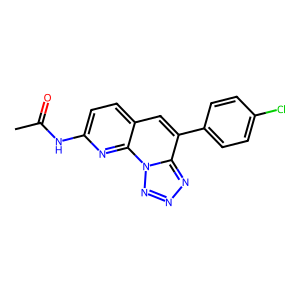
SMILES: CC(=O)Nc1ccc2cc(-c3ccc(Cl)cc3)c3nnnn3c2n1
Inhibits HIV replication: No